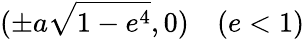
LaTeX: (\pm a{\sqrt{1-e^{4}}},0)\quad(e<1)